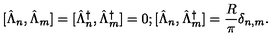
\mathrm { [ } \hat { \Lambda } _ { n } , \hat { \Lambda } _ { m } ] = [ \hat { \Lambda } _ { n } ^ { \dagger } , \hat { \Lambda } _ { m } ^ { \dagger } ] = 0 ; [ \hat { \Lambda } _ { n } , \hat { \Lambda } _ { m } ^ { \dagger } ] = \frac { R } { \pi } \delta _ { n , m } .